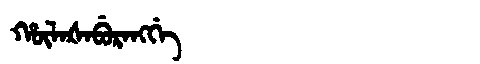
Manchu: ᡥᡡᠯᠠᡧᠠᠪᡠᡵᠠᠩᡤᡝ
Romanization: HŪLAŠABURANGGE